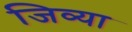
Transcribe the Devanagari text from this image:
जिव्या